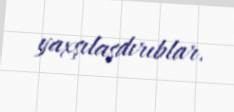
yaxşılaşdırıblar.